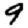
Digit: 9